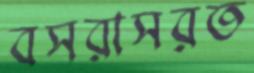
বসরাসরত